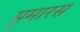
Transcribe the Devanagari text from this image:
सुमारस